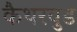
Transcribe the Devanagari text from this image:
कैथरवुड